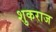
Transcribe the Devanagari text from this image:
शुकराज